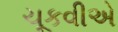
ચૂકવીએ